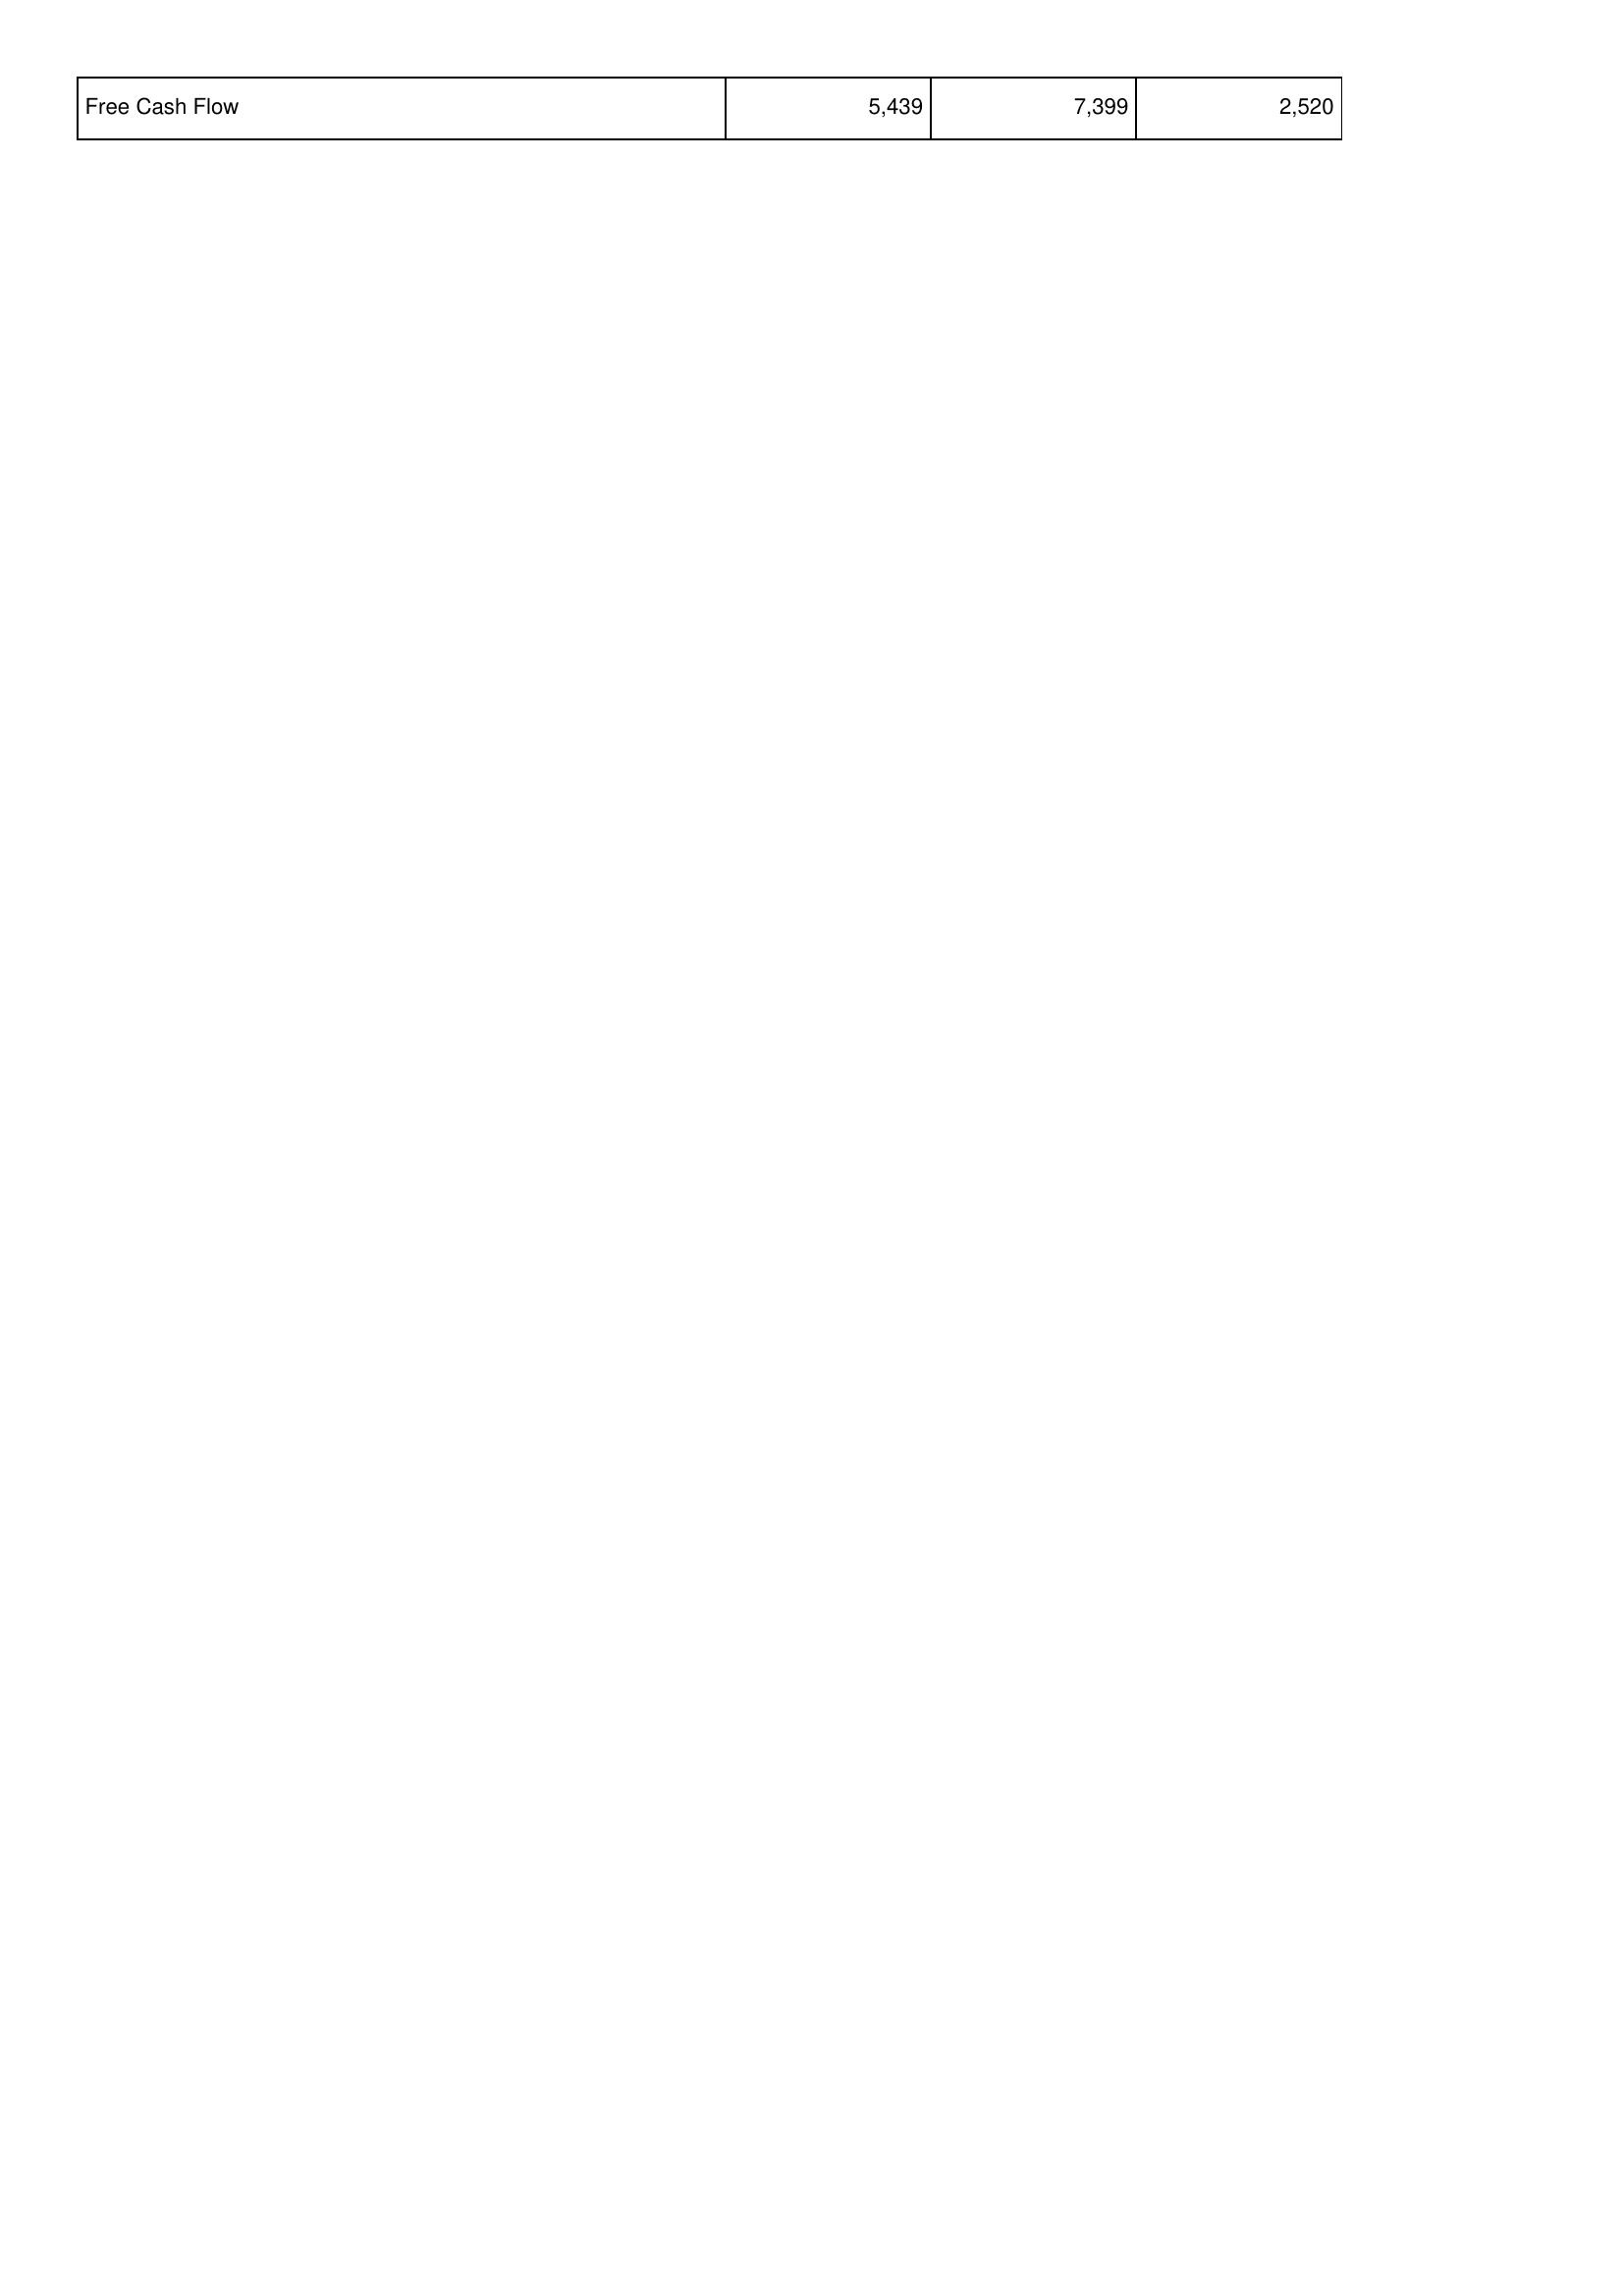
2014: Financing Activities: Free Cash Flow: 5,439
2015: Financing Activities: Free Cash Flow: 7,399
2016: Financing Activities: Free Cash Flow: 2,520